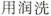
用润洗